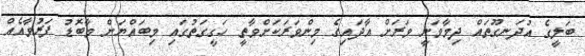
ބަލީގެ އުދަނގޫތައް ދިމާވަނީ ވަރަށް އާދައިގެ މިންވަރަކަށްވާތީ ހަގީގަތުގައި މިބައްޔަށް މާބޮޑު ފަރުވާއެއް